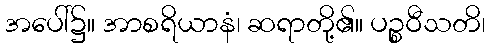
အပေါ်၌။ အာစရိယာနံ၊ ဆရာတို့၏။ ပဉ္စဝီသတိ၊